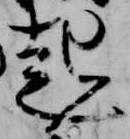
起